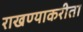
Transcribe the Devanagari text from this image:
राखण्याकरीता